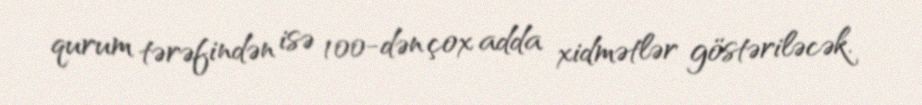
qurum tərəfindən isə 100-dən çox adda xidmətlər göstəriləcək.